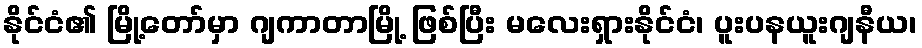
နိုင်ငံ၏ မြို့တော်မှာ ဂျကာတာမြို့ ဖြစ်ပြီး မလေးရှားနိုင်ငံ၊ ပူးပနယူးဂျနီယ၊